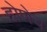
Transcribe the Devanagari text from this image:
होणेच